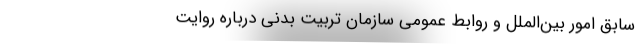
سابق امور بین‌الملل و روابط عمومی سازمان تربیت بدنی درباره روایت